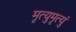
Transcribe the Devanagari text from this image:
मृत्युमृत्युं